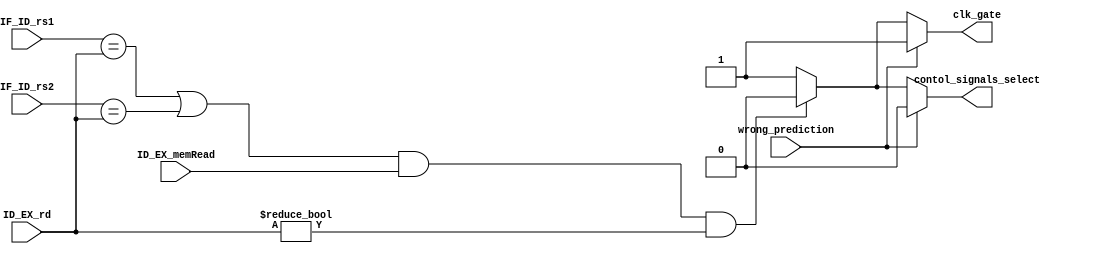
`timescale 1ns / 1ps
//////////////////////////////////////////////////////////////////////////////////
// Company: 
// Engineer: 
// 
// Design Name: 
// Module Name: Stall_Detection_Control_Unit
// Project Name: 
// Target Devices: 
// Tool Versions: 
// Description: 
// 
// Dependencies: 
// 
// Revision:
// Revision 0.01 - File Created
// Additional Comments:
// 
//////////////////////////////////////////////////////////////////////////////////


module Stall_Detection_Control_Unit(
    input [4:0] IF_ID_rs1,
    input [4:0] IF_ID_rs2,
    input [4:0] ID_EX_rd,
    input ID_EX_memRead,
    input wrong_prediction,
    output reg clk_gate,
    output reg contol_signals_select
    );
    
    //clk_gate
    always@(*)
    begin
        //WRONG PREDICTION
        if(wrong_prediction == 1'b1)
        begin
            clk_gate <= 1'b1;
        end
    
        //STALL condition
        else if( ((IF_ID_rs1 == ID_EX_rd) || (IF_ID_rs2 == ID_EX_rd)) && (ID_EX_memRead == 1'b1) && (ID_EX_rd != 5'b00000))
        begin
            clk_gate <= 1'b0;
        end
        
        //NO STALL
        else
        begin
            clk_gate <= 1'b1;
        end
    end
    
    
    //contol_signals_select
    always@(*)
    begin
        //WRONG PREDICTION
        if(wrong_prediction == 1'b1)
        begin
            contol_signals_select <= 1'b0;
        end
    
        //STALL condition
        else if( ((IF_ID_rs1 == ID_EX_rd) || (IF_ID_rs2 == ID_EX_rd)) && (ID_EX_memRead == 1'b1) && (ID_EX_rd != 5'b00000) )
        begin
            contol_signals_select <= 1'b0;
        end
        
        //NO STALL
        else
        begin
            contol_signals_select <= 1'b1;
        end
    end
    
endmodule